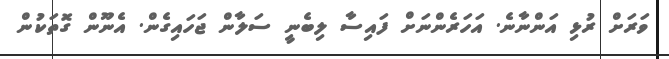
ވަރަށް ރުޅި އަންނާނެ. އަހަރެންނަށް ފައިސާ ލިބެނީ ސަލާން ޖަހައިގެން. އެނޫން ގޮތަކުން